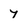
Character: y